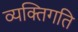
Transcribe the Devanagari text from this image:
व्यक्तिगति